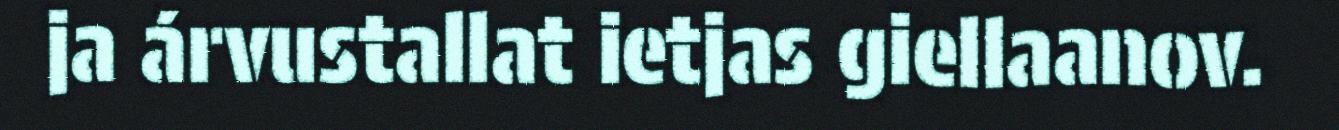
ja árvustallat ietjas giellaanov.